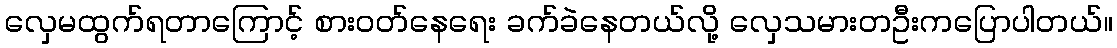
လှေမထွက်ရတာကြောင့် စားဝတ်နေရေး ခက်ခဲနေတယ်လို့ လှေသမားတဦးကပြောပါတယ်။